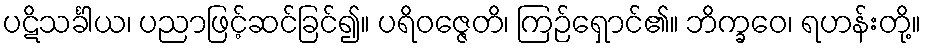
ပဋိသင်္ခါယ၊ ပညာဖြင့်ဆင်ခြင်၍။ ပရိဝဇ္ဇေတိ၊ ကြဉ်ရှောင်၏။ ဘိက္ခဝေ၊ ရဟန်းတို့။